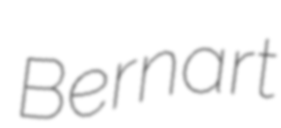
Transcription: Bernart